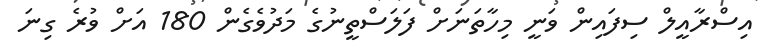
އިސްރާއީލް ސިފައިން ވަނީ މިހާތަނަށް ފަލަސްތީނުގެ މަދުވެގެން 180 އަށް ވުރެ ގިނަ